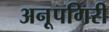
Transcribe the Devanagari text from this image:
अनूपगिरी